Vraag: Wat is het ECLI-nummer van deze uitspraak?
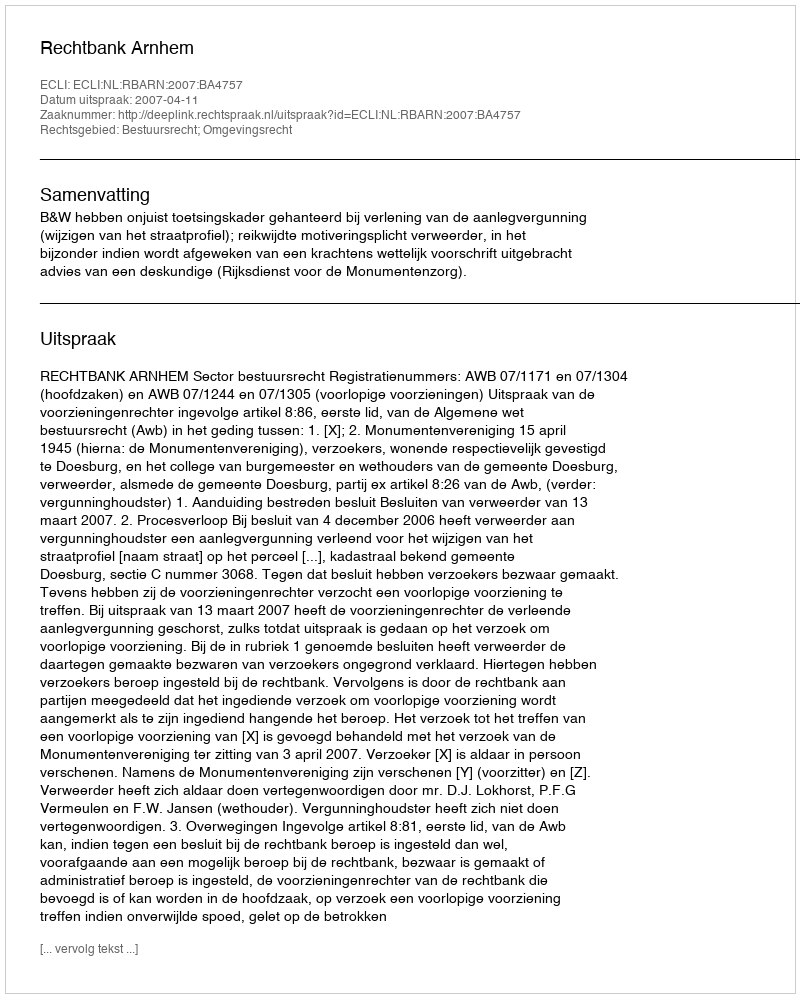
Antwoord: ECLI:NL:RBARN:2007:BA4757